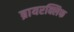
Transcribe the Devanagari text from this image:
ब्रायरक्लिफ